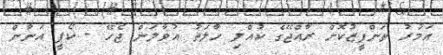
އަމުރު ތަންފީޒުކޮށް ރާއްޖޭގެ ކުއްލި ހާލަތު އުވާލަން ޖެހޭ - ކޯފީ އަނާން